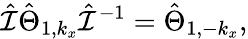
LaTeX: \hat{\mathcal{I}}\hat{\Theta}_{1,k_{x}}\hat{\mathcal{I}}^{-1}=\hat{\Theta}_{1,-k_{x}},